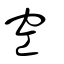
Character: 空